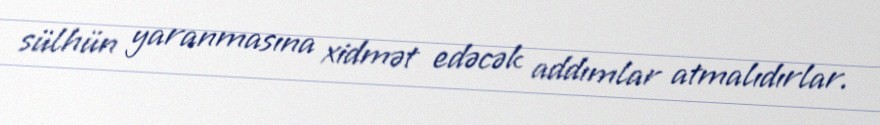
sülhün yaranmasına xidmət edəcək addımlar atmalıdırlar.